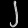
Digit: ၂